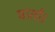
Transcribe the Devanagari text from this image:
वार्ता।